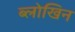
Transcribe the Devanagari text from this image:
ब्लोखिन